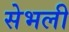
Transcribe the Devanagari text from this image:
सेभली